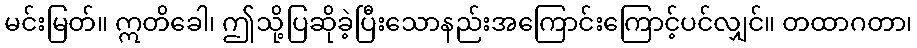
မင်းမြတ်။ ဣတိခေါ၊ ဤသို့ပြဆိုခဲ့ပြီးသောနည်းအကြောင်းကြောင့်ပင်လျှင်။ တထာဂတာ၊